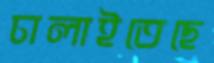
চালাইতেছে